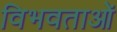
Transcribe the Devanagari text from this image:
विभवताओं